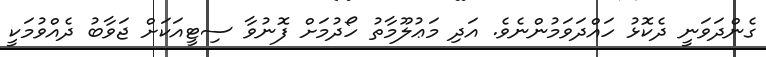
ގެންދަވަނީ ދެކޮޅު ހައްދަވަމުންނެވެ. އަދި މަޢުލޫމާތު ހޯދުމަށް ފޮނުވާ ސިޓީއަކަށް ޖަވާބު ދެއްވުމަކީ